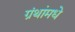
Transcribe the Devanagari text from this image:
ग्रंथांमधे